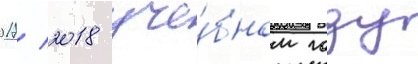
2017/ 2018 уче́бном году